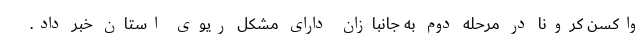
واکسن کرونا در مرحله دوم به جانبازان دارای مشکل ریوی استان خبر داد.